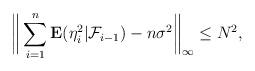
LaTeX: \begin{align*} \bigg\| \sum_{i=1}^n \mathbf{E}(\eta _i^2|\mathcal{F}_{i-1})-n \sigma^2 \bigg\|_{\infty} \leq N^2,\end{align*}